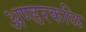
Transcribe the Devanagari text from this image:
अण्डरकळि